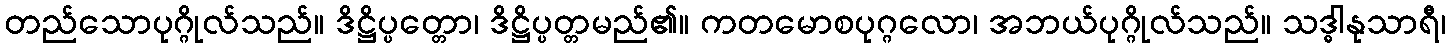
တည်သောပုဂ္ဂိုလ်သည်။ ဒိဋ္ဌိပ္ပတ္တော၊ ဒိဋ္ဌိပ္ပတ္တမည်၏။ ကတမောစပုဂ္ဂလော၊ အဘယ်ပုဂ္ဂိုလ်သည်။ သဒ္ဓါနုသာရီ၊